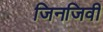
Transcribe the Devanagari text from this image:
जिनजिवी